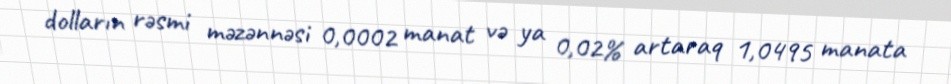
dolların rəsmi məzənnəsi 0,0002 manat və ya 0,02% artaraq 1,0495 manata